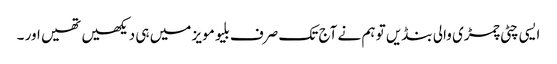
ایسی چٹی چمڑی والی بنڈیں تو ہم نے آج تک صرف بلیو مویز میں ہی دیکھیں تھیں اور ۔